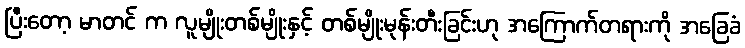
ပြီးတော့ မာတင် က လူမျိုးတစ်မျိုးနှင့် တစ်မျိုးမုန်းတီးခြင်းဟု အကြောက်တရားကို အခြေခံ